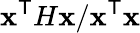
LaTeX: \mathbf{x}^{\textsf{{T}}}H\mathbf{x}/\mathbf{x}^{\textsf{{T}}}\mathbf{x}